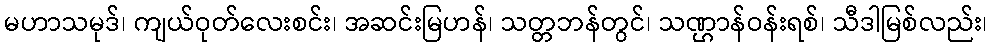
မဟာသမုဒ်၊ ကျယ်ဝုတ်လေးစင်း၊ အဆင်းမြဟန်၊ သတ္တဘန်တွင်၊ သဏ္ဌာန်ဝန်းရစ်၊ သီဒါမြစ်လည်း၊